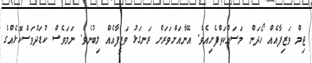
ޖިމް ވަޒިފާއެއް ހޯދަން މަސައްކަތްފެށިއެވެ. އޭނާއަށްވަރަށް ރަނގަޅު ވަޒީފާއެއް ލިބުނެވެ. ނަމަވެސް ކުޑަދުވަސްކޮޅެއްގެ